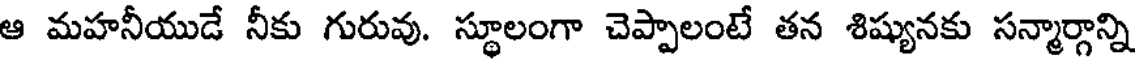
ఆ మహనీయుడే నీకు గురువు. స్థూలంగా చెప్పాలంటే తన శిష్యునకు సన్మార్గాన్ని